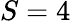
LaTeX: S=4